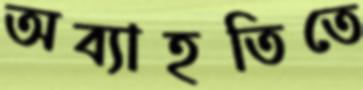
অব্যাহতিতে